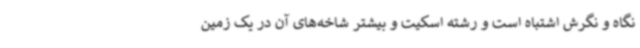
نگاه و نگرش اشتباه است و رشته اسکیت و بیشتر شاخه‌های آن در یک زمین